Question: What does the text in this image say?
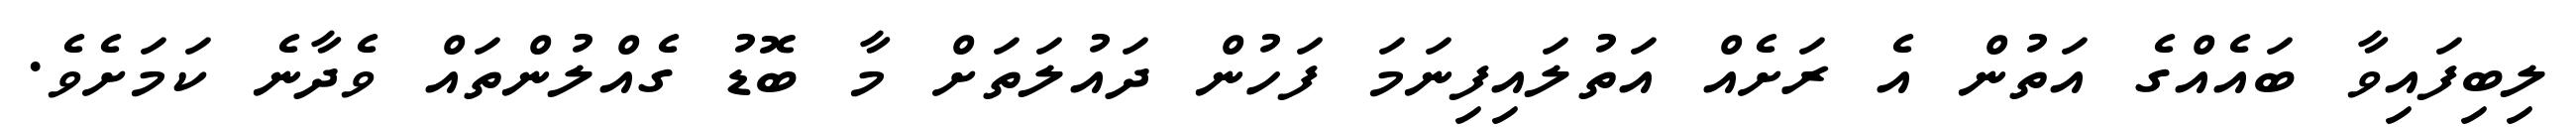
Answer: ލިބިފައިވާ ބައެއްގެ އަތުން އެ ރަށެއް އަތުލައިފިނަމަ ފަހުން ދައުލަތަށް މާ ބޮޑު ގެއްލުންތައް ވެދާނެ ކަމަށެވެ.